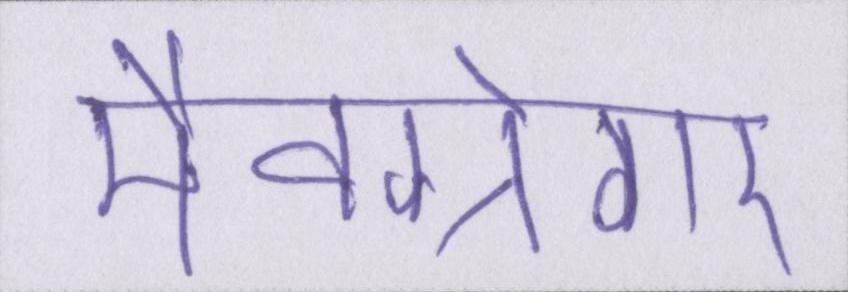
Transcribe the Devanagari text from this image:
मैक्ग्रेगर